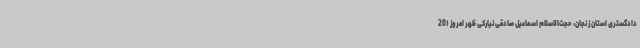
دادگستری استان زنجان، حجت‌الاسلام اسماعیل صادقی‌نیارکی ظهر امروز (20